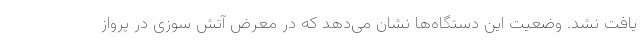
یافت نشد. وضعیت این دستگاه‌ها نشان می‌دهد که در معرض آتش سوزی در پرواز